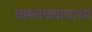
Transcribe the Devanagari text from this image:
वास्तववादाचा